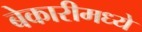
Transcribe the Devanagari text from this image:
बेकारीमध्ये